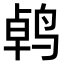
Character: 𫛱